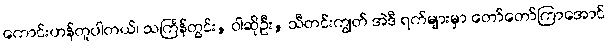
ကောင်းဟန်တူပါတယ်၊ သင်္ကြန်တွင်း, ဝါဆိုဦး, သီတင်းကျွတ် အဲဒီ ရက်များမှာ တော်တော်ကြာအောင်